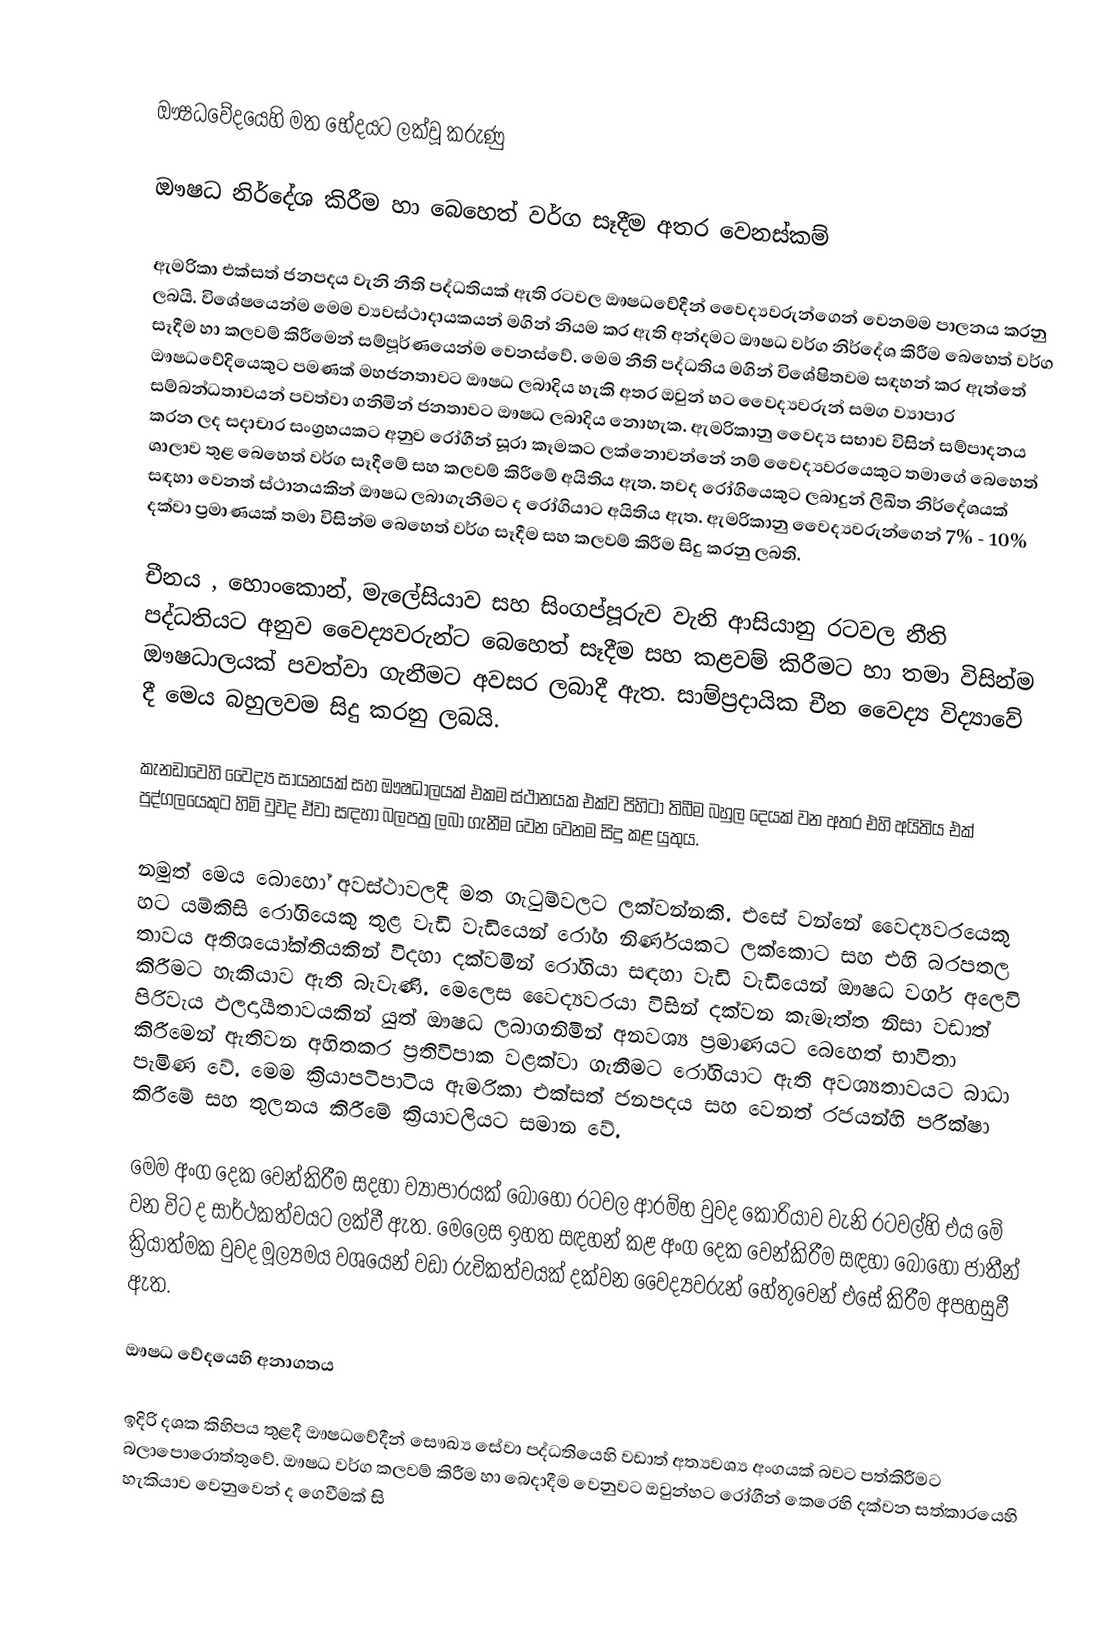

ඖෂධවේදයෙහි මත භේදයට ලක්වූ කරුණු

ඖෂධ නිර්දේශ කිරීම හා බෙහෙත් වර්ග සෑදීම අතර වෙනස්කම්

ඇමරිකා එක්සත් ජනපදය වැනි නීති පද්ධතියක් ඇති රටවල ඖෂධවේදීන් වෛද්‍යවරුන්ගෙන් වෙනමම පාලනය කරනු ලබයි. විශේෂයෙන්ම මෙම ව්‍යවස්ථාදායකයන් මගින් නියම කර ඇති අන්දමට ඖෂධ වර්ග නිර්දේශ කිරීම බෙහෙත් වර්ග සෑදීම හා කලවම් කිරීමෙන් සම්පූර්ණයෙන්ම වෙනස්වේ. මෙම නීති පද්ධතිය මගින් විශේෂිතවම සඳහන් කර ඇත්තේ ඖෂධවේදියෙකුට පමණක් මහජනතාවට ඖෂධ ලබාදිය හැකි අතර ඔවුන් හට වෛද්‍යවරුන් සමග ව්‍යාපාර සම්බන්ධතාවයන් පවත්වා ගනිමින් ජනතාවට ඖෂධ ලබාදිය නොහැක. ඇමරිකානු වෛද්‍ය සභාව විසින් සම්පාදනය කරන ලද සදාචාර සංග්‍රහයකට අනුව රෝගීන් සූරා කෑමකට ලක්නොවන්නේ නම් වෛද්‍යවරයෙකුට තමාගේ බෙහෙත් ශාලාව තුළ බෙහෙත් වර්ග සෑදීමේ සහ කලවම් කිරීමේ අයිතිය ඇත. තවද රෝගියෙකුට ලබාදුන් ලිඛිත නිර්දේශයක් සඳහා වෙනත් ස්ථානයකින් ඖෂධ ලබාගැනීමට ද රෝගියාට අයිතිය ඇත. ඇමරිකානු වෛද්‍යවරුන්ගෙන් 7% - 10% දක්වා ප්‍රමාණයක් තමා විසින්ම බෙහෙත් වර්ග සෑදීම සහ කලවම් කිරීම සිදු කරනු ලබති.

චීනය , හොංකොන්, මැලේසියාව සහ සිංගප්පූරුව වැනි ආසියානු රටවල නීති පද්ධතියට අනුව වෛද්‍යවරුන්ට බෙහෙත් සෑදීම සහ කළවම් කිරීමට හා තමා විසින්ම ඖෂධාලයක් පවත්වා ගැනීමට අවසර ලබාදී ඇත. සාම්ප්‍රදායික චීන වෛද්‍ය විද්‍යාවේ දී මෙය බහුලවම සිදු කරනු ලබයි.

කැනඩාවෙහි වෛද්‍ය සායනයක් සහ ඖෂධාලයක් එකම ස්ථානයක එක්ව පිහිටා තිබීම බහුල දෙයක් වන අතර එහි අයිතිය එක් පුද්ගලයෙකුට හිමි වුවද ඒවා සඳහා බලපත්‍ර ලබා ගැනීම වෙන වෙනම සිදු කළ යුතුය.

නමුත් මෙය බොහෝ අවස්ථාවලදී මත ගැටුම්වලට ලක්වන්නකි. එසේ වන්නේ වෛද්‍යවරයෙකු හට යම්කිසි රෝගියෙකු තුළ වැඩි වැඩියෙන් රෝග නිර්ණයකට ලක්කොට සහ එහි බරපතල තාවය අතිශයෝක්තියකින් විදහා දක්වමින් රෝගියා සඳහා වැඩි වැඩියෙන් ඖෂධ වර්ග අලෙවි කිරීමට හැකියාව ඇති බැවැණි. මෙලෙස වෛද්‍යවරයා විසින් දක්වන කැමැත්ත නිසා වඩාත් පිරිවැය ඵලදායීතාවයකින් යුත් ඖෂධ ලබාගනිමින් අනවශ්‍ය ප්‍රමාණයට බෙහෙත් භාවිතා කිරීමෙන් ඇතිවන අහිතකර ප්‍රතිවිපාක වළක්වා ගැනීමට රෝගියාට ඇති අවශ්‍යතාවයට බාධා පැමිණ වේ. මෙම ක්‍රියාපටිපාටිය ඇමරිකා එක්සත් ජනපදය සහ වෙනත් රජයන්හි පරීක්ෂා කිරීමේ සහ තුලනය කිරීමේ ක්‍රියාවලියට සමාන වේ.

මෙම අංග දෙක වෙන්කිරීම සදහා ව්‍යාපාරයක් බොහෝ රටවල ආරම්භ වුවද කොරියාව වැනි රටවල්හි එය මේ වන විට ද සාර්ථකත්වයට ලක්වී ඇත. මෙලෙස ඉහත සඳහන් කළ අංග දෙක වෙන්කිරීම සඳහා බොහෝ ජාතීන් ක්‍රියාත්මක වුවද මූල්‍යමය වශයෙන් වඩා රුචිකත්වයක් දක්වන වෛද්‍යවරුන් හේතුවෙන් එසේ කිරීම අපහසුවී ඇත.

ඖෂධ වේද‍යෙහි අනාගතය

ඉදිරි දශක කිහිපය තුළදී ඖෂධවේදීන් සෞඛ්‍ය සේවා පද්ධතියෙහි වඩාත් අත්‍යවශ්‍ය අංගයක් බවට පත්කිරීමට බලාපොරොත්තුවේ. ඖෂධ වර්ග කලවම් කිරීම හා බෙදාදීම වෙනුවට ඔවුන්හට ‍රෝගීන් කෙරෙහි දක්වන සත්කාරයෙහි හැකියාව වෙනුවෙන් ද ගෙවීමක් සි